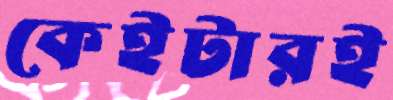
কেইটারই